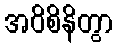
အဝိစိနိတွာ